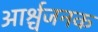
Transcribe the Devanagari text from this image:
आर्श्चजनक